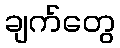
ချက်တွေ